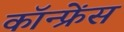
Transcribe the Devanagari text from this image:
कॉन्‍फ्रेंस